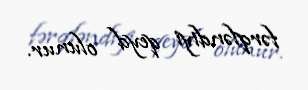
fərqləndiyi qeyd olunur.